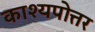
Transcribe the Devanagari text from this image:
काश्यपोत्तर